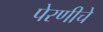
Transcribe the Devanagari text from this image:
पेरणीचे